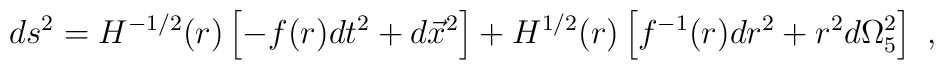
ds^2 = H^{-1/2}(r)    \left[ - f(r) dt^2 + d\vec{x}^2 \right] +H^{1/2}(r)    \left[f^{-1} (r) dr^2 + r^2 d\Omega_5^2 \right] \ ,